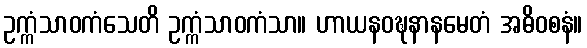
ဥက္ကံသာဝကံသေတိ ဥက္ကံသာဝကံသာ။ ဟာယနဝဍ္ဎနာနမေတံ အဓိဝစနံ။